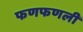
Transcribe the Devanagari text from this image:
फणफणली